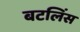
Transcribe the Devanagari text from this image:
बटलिंस